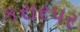
કરારપર